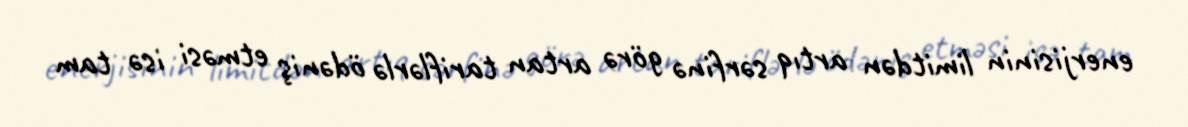
enerjisinin limitdən artıq sərfinə görə artan tariflərlə ödəniş etməsi isə tam